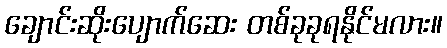
ချောင်းဆိုးပျောက်ဆေး တစ်ခုခုရနိုင်မလား။